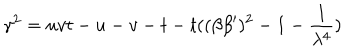
\gamma ^ { 2 } = u v t - u - v - t - t ( ( \beta \beta ^ { \prime } ) ^ { 2 } - 1 - \frac 1 { \lambda ^ { 4 } } )